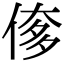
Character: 偧